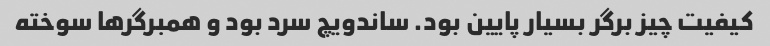
کیفیت چیز برگر بسیار پایین بود. ساندویچ سرد بود و همبرگرها سوخته